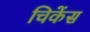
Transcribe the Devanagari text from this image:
चिकेंस